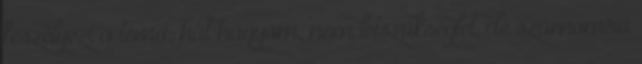
feszélyezi a téma, hát hagyom, nem létszükséglet, de számomra